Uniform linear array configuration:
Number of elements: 12
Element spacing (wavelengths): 0.5
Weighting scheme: hamming
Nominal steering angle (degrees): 30
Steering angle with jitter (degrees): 28.535
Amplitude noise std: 0.05
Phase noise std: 0.05

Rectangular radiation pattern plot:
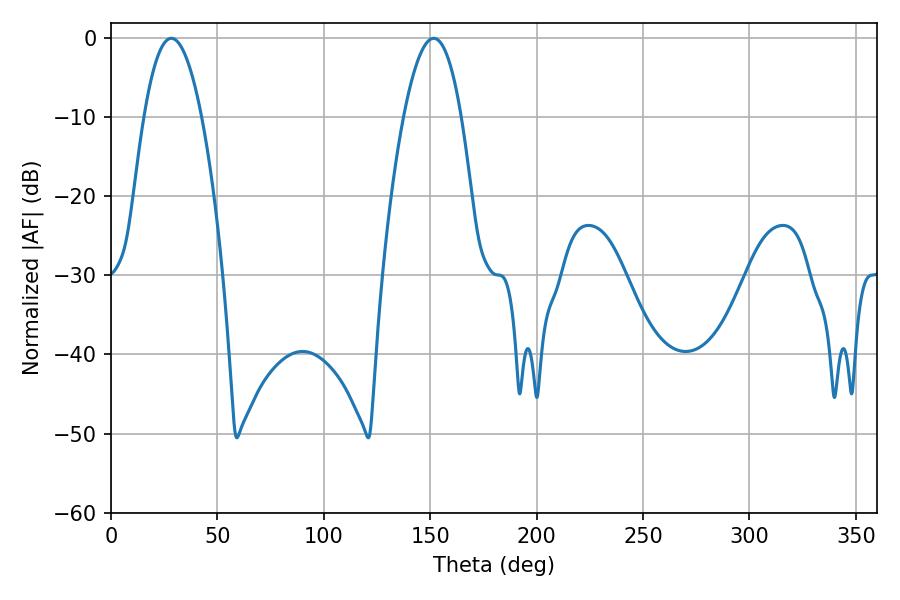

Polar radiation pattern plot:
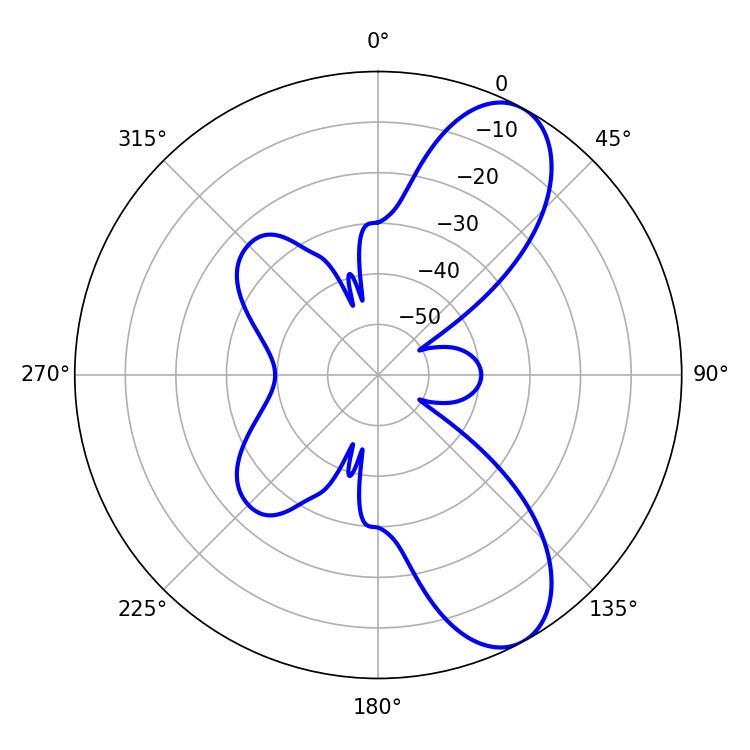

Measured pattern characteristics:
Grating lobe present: FALSE
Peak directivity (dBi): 8.791
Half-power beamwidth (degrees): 14.94
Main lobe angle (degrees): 151.56